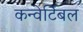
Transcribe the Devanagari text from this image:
कन्वेर्टिबल